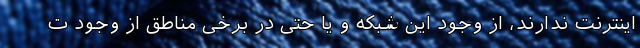
اینترنت ندارند، از وجود این شبکه و یا حتی در برخی مناطق از وجود ت